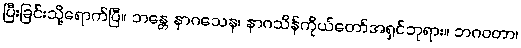
ပြီးခြင်းသို့ရောက်ပြီ။ ဘန္တေ နာဂသေန၊ နာဂသိန်ကိုယ်တော်အရှင်ဘုရား။ ဘဂဝတာ၊